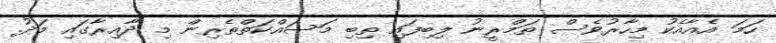
ހަމަ އެއާއެކު މިހާރުވެސް ތަމްރީނު ލިބިފައި ތިބި މަސައްކަތްތެރިން މި ދާއިރާގައި މަދު.